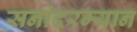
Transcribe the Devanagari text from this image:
सनांदरम्यान